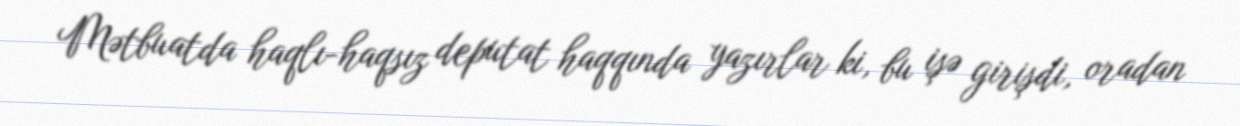
Mətbuatda haqlı-haqsız deputat haqqında yazırlar ki, bu işə girişdi, oradan